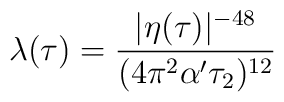
\lambda(\tau)={|\eta(\tau)|^{-48}\over(4\pi^2\alpha'\tau_2)^{12}}